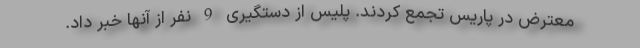
معترض در پاریس تجمع کردند. پلیس از دستگیری 9 نفر از آنها خبر داد.